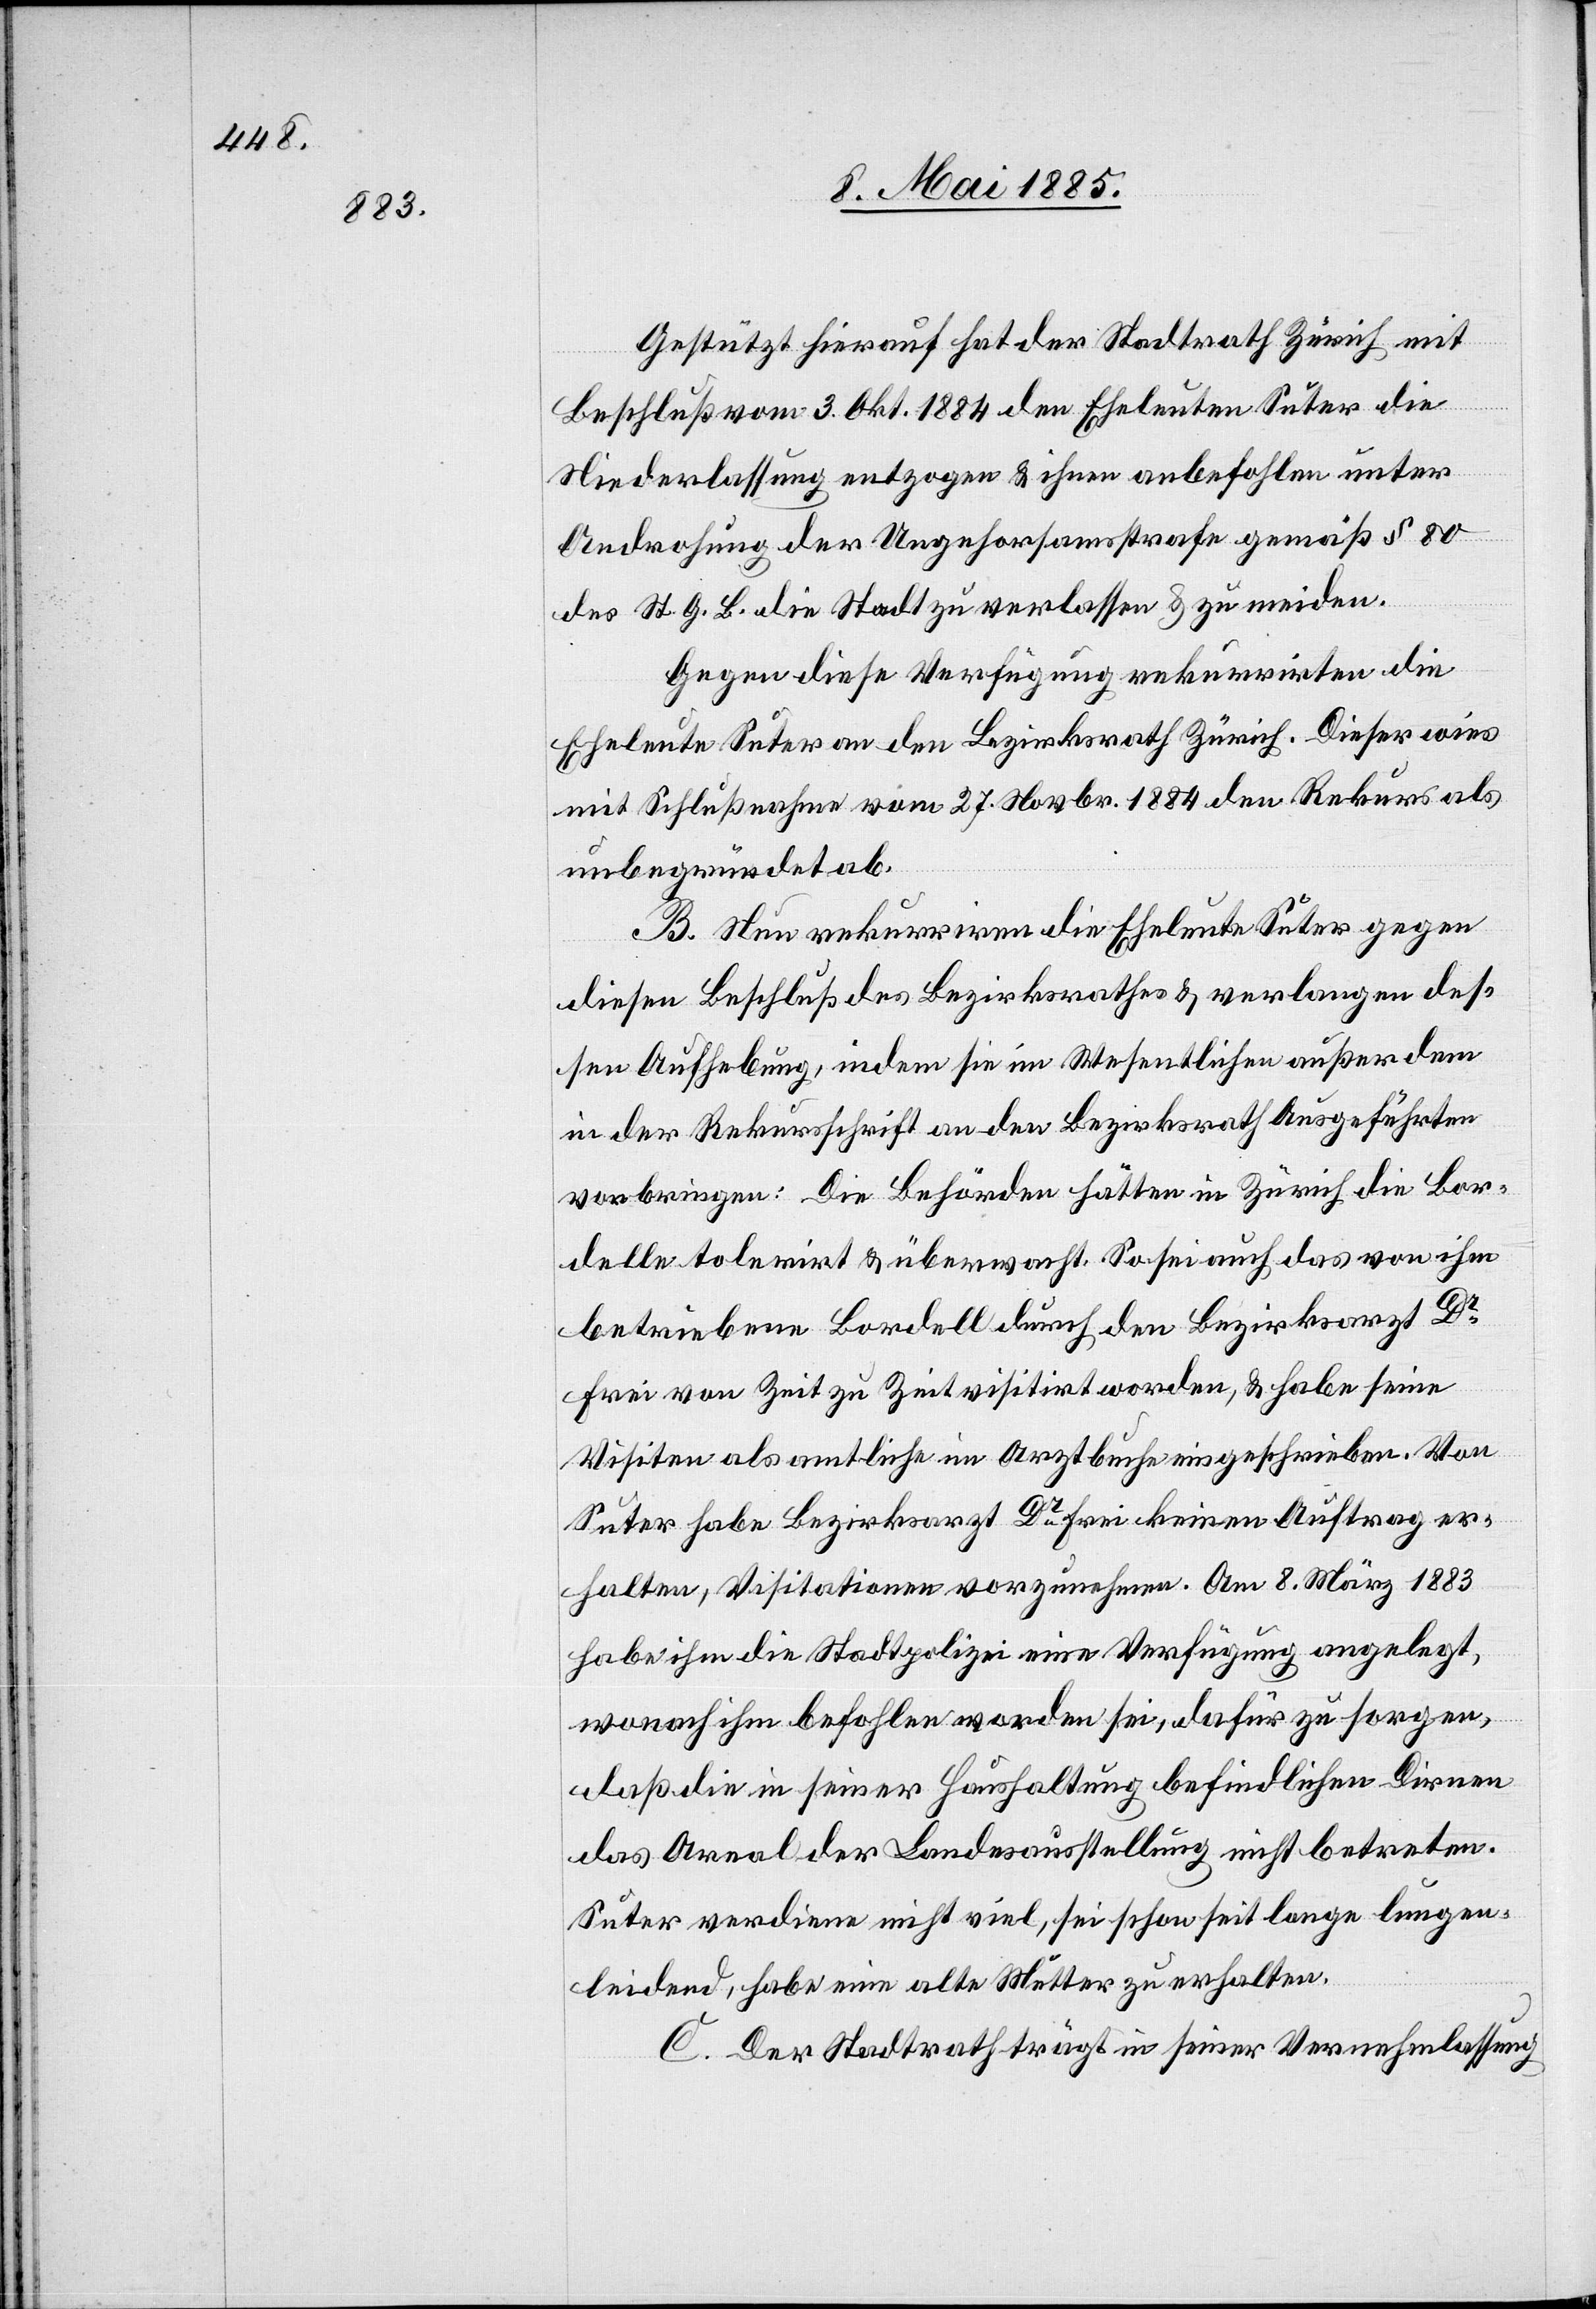
Gestützt hierauf hat der Stadtrath Zürich mit
Beschluß vom 3. Okt. 1884 den Eheleuten Suter die
Niederlassung entzogen & ihnen anbefohlen unter
Androhung der Ungehorsamstrafe gemäß § 80
des St. G. B. die Stadt zu verlassen & zu meiden.
Gegen diese Verfügung rekurrirten die
Eheleute Suter an den Bezirksrath Zürich. Dieser wies
mit Schlußnahme vom 27. Novbr. 1884 den Rekurs als
unbegründet ab.
B. Nun rekurriren die Eheleute Suter gegen
diesen Beschluß des Bezirksrathes & verlangen des¬
sen Aufhebung, indem sie im Wesentlichen außer dem
in der Rekursschrift an den Bezirksrath Ausgeführten
vorbringen: Die Behörden hätten in Zürich die Bor¬
delle tolerirt & überwacht. So sei auch das von ihm
betriebene Bordell durch den Bezirksarzt Dr
Frei von Zeit zu Zeit visitirt worden, & habe seine
Visiten als amtliche im Arztbuche eingeschrieben. Von
Suter habe Bezirksarzt Dr Frei keinen Auftrag er¬
halten, Visitationen vorzunehmen. Am 8. März 1883
habe ihm die Stadtpolizei eine Verfügung angelegt,
wonach ihm befohlen worden sei, dafür zu sorgen,
daß die in seiner Haushaltung befindlichen Dirnen
das Areal der Landesausstellung nicht betreten.
Suter verdiene nicht viel, sei schon seit lange lungen¬
leidend, habe eine alte Mutter zu erhalten.
C. Der Stadtrath trägt in seiner Vernehmlassung